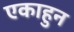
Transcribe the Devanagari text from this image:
एकाहुन